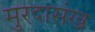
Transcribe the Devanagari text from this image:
मुरदासंख